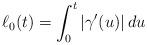
LaTeX: \begin{align*}\ell_0(t) = \int_0^t |\gamma'(u)| \,du\end{align*}